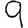
Digit: 9